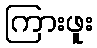
ကြားဖူး